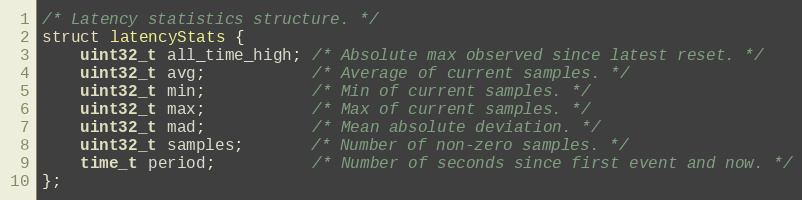
Language: C
/* Latency statistics structure. */
struct latencyStats {
    uint32_t all_time_high; /* Absolute max observed since latest reset. */
    uint32_t avg;           /* Average of current samples. */
    uint32_t min;           /* Min of current samples. */
    uint32_t max;           /* Max of current samples. */
    uint32_t mad;           /* Mean absolute deviation. */
    uint32_t samples;       /* Number of non-zero samples. */
    time_t period;          /* Number of seconds since first event and now. */
};